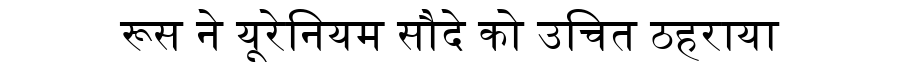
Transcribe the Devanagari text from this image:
रूस ने यूरेनियम सौदे को उचित ठहराया